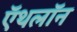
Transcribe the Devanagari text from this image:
ऍथलॉन